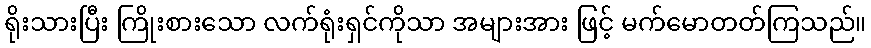
ရိုးသားပြီး ကြိုးစားသော လက်ရုံးရှင်ကိုသာ အများအား ဖြင့် မက်မောတတ်ကြသည်။